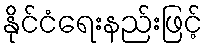
နိုင်ငံရေးနည်းဖြင့်